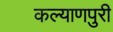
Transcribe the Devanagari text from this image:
कल्याणपुरी